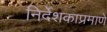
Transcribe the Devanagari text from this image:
निर्देशकाप्रमाणे